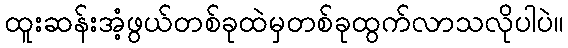
ထူးဆန်းအံ့ဖွယ်တစ်ခုထဲမှတစ်ခုထွက်လာသလိုပါပဲ။